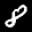
Label: 8